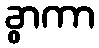
ခွာကာ